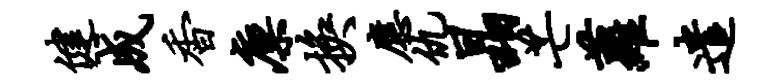
健成香廪换应仇晶芒萝遣